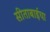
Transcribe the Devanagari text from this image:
सीताबाईचा